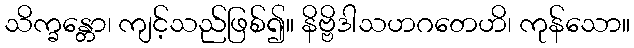
သိက္ခန္တော၊ ကျင့်သည်ဖြစ်၍။ နိဗ္ဗိဒါသဟဂတေဟိ၊ ကုန်သော။